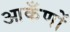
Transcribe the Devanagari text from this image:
आकँणों